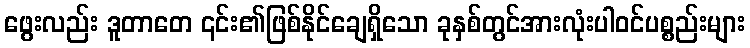
ဖွေးလည်း ဒူတာတေ ၎င်း၏ဖြစ်နိုင်ချေရှိသော ခုနှစ်တွင်အားလုံးပါဝင်ပစ္စည်းများ